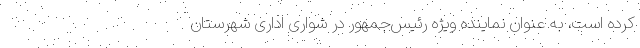
کرده است، به عنوان نماینده ویژه رئیس‌جمهور در شواری اداری شهرستان